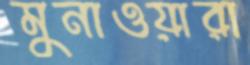
মুনাওয়ারা